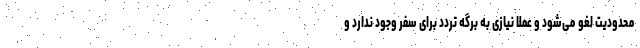
محدودیت لغو می‌شود و عملا نیازی به برگه تردد برای سفر وجود ندارد و